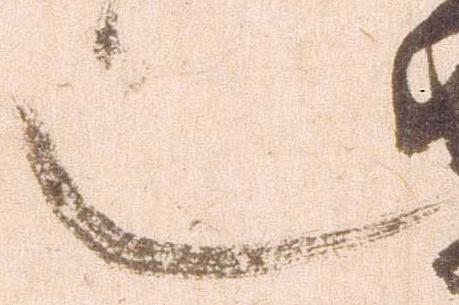
也